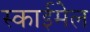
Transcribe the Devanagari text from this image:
स्काईमेल